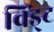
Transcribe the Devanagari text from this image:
विंड्ट